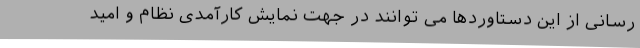
رسانی از این دستاوردها می توانند در جهت نمایش کارآمدی نظام و امید